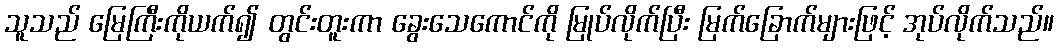
သူသည် မြေကြီးကိုယက်၍ တွင်းတူးကာ ခွေးသေကောင်ကို မြုပ်လိုက်ပြီး မြက်ခြောက်များဖြင့် အုပ်လိုက်သည်။